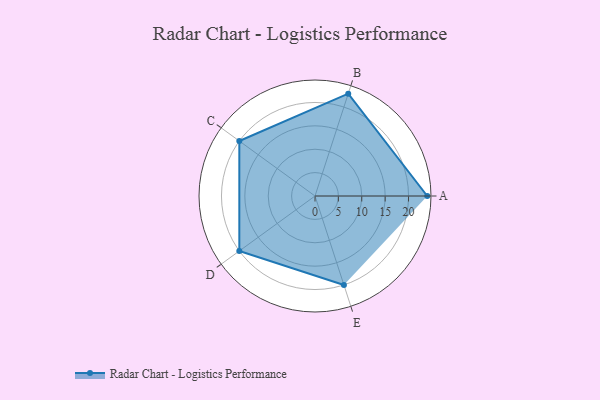
{"axis": {"x": "Skill", "y": "Score"}, "legend": ["Profile"], "data": [{"x": "A", "y": 24.0, "type": "Profile"}, {"x": "B", "y": 23.0, "type": "Profile"}, {"x": "C", "y": 20, "type": "Profile"}, {"x": "D", "y": 20, "type": "Profile"}, {"x": "E", "y": 20, "type": "Profile"}]}